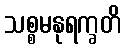
သစ္စမနုရက္ခတိ